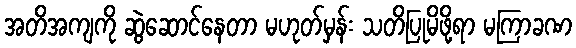
အတိအကျကို ဆွဲဆောင်နေတာ မဟုတ်မှန်း သတိပြုမိဖို့ရာ မကြာခဏ